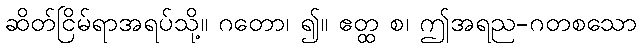
ဆိတ်ငြိမ်ရာအရပ်သို့။ ဂတော၊ ၍။ ဧတ္ထ စ၊ ဤအရည-ဂတစသော